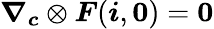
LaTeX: \boldsymbol{\nabla}_{\boldsymbol{c}}\otimes\boldsymbol{F}({\boldsymbol{i}},\boldsymbol{0})=\boldsymbol{0}